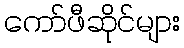
ကော်ဖီဆိုင်များ